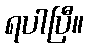
ရပါပြီ။